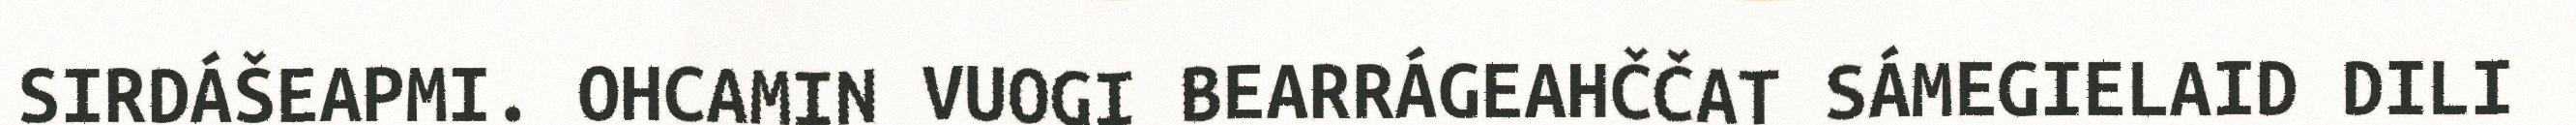
SIRDÁŠEAPMI. OHCAMIN VUOGI BEARRÁGEAHČČAT SÁMEGIELAID DILI